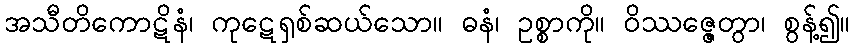
အသီတိကောဋိနံ၊ ကုဋေရှစ်ဆယ်သော။ ဓနံ၊ ဥစ္စာကို။ ဝိဿဇ္ဇေတွာ၊ စွန့်၍။